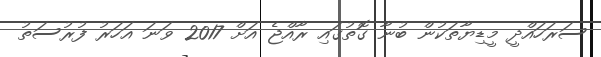
ސަރަހައްދީ މީޑިޔާތަކުން ބުނާ ގޮތުގައި ރާއްޖެ އަށް 2017 ވަނަ އަހަރު ފުރުސަތު